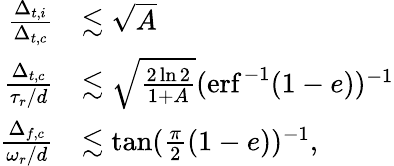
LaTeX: \begin{array}{rl}{\frac{\Delta_{t,i}}{\Delta_{t,c}}}&{\lesssim\sqrt{A}}\\ {\frac{\Delta_{t,c}}{\tau_{r}/d}}&{\lesssim\sqrt{\frac{2\ln{2}}{1+A}}(\mathrm{erf}^{-1}(1-e))^{-1}}\\ {\frac{\Delta_{f,c}}{\omega_{r}/d}}&{\lesssim\tan(\frac{\pi}{2}(1-e))^{-1},}\end{array}